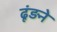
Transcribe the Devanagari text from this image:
ढूंड़ने